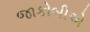
જાકોબીએ